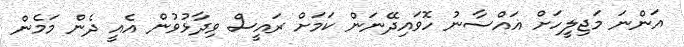
އަންނަ މަޖިލީހަށް ޣައްސާނު ހޮވައިދޭނަން ކަމަށް ރައީސް ވިދާޅުވުން އެއީ ދެން މަމެން